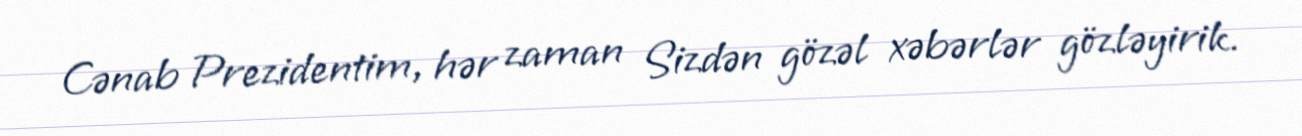
Cənab Prezidentim, hər zaman Sizdən gözəl xəbərlər gözləyirik.